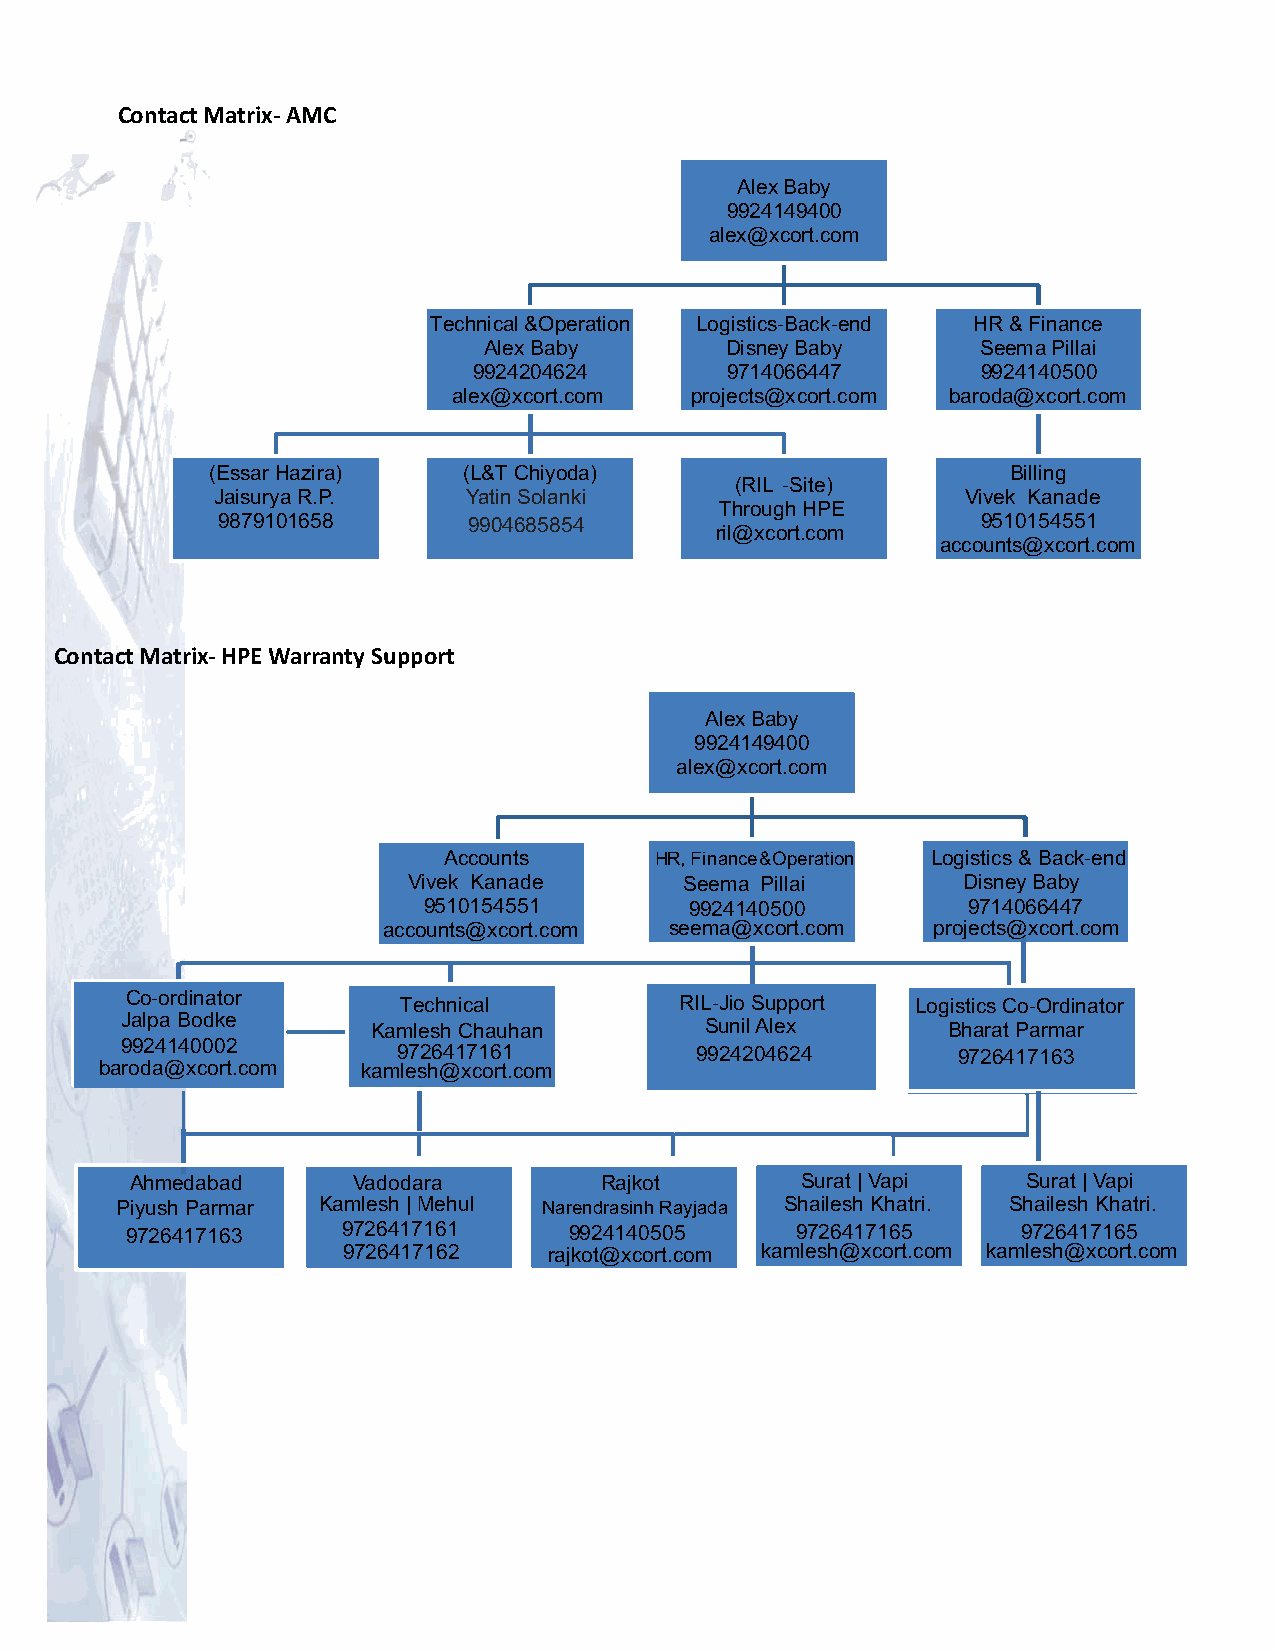
ContactMatrix‐AMC
 AlexBaby
 9924149400
 alex@xcort.com
 Technical&Operation Logistics-Back-end HR&Finance
 Alex Baby       DisneyBaby       SeemaPillai
 9924204624       9714066447       9924140500
 alex@xcort.com  projects@xcort.com baroda@xcort.com
 (EssarHazira)    (L&TChiyoda)                        Billing
 (RIL -Site)
 JaisuryaR.P.     Yatin Solanki                    Vivek Kanade
 ThroughHPE
 9879101658       9904685854                        9510154551
 ril@xcort.com
 accounts@xcort.com
 ‐
 ContactMatrix‐HPE Warranty Support
 AlexBaby
 9924149400
 alex@xcort.com
 Accounts      HR,Finance&Operation Logistics & Back-end
 Vivek Kanade      Seema Pillai       DisneyBaby
 9510154551        9924140500        9714066447
 accounts@xcort.com seema@xcort.com   projects@xcort.com
 TCeoc-honrdicinaaltor Technical      RIL-Jio Support Logistics Co-Ordinator
 Jalpa Bodke      Kamlesh Chauhan       SunilAlex       Bharat Parmar
 99972246144107010621
 9726417161          9924204624       9726417163
 baroda@xcort.com kamlesh@xcort.com
 Ahmedabad     Vadodara         Rajkot       Surat | Vapi   Surat | Vapi
 Piyush Parmar Kamlesh | Mehul Narendrasinh Rayjada Shailesh Khatri. Shailesh Khatri.
 9726417163     9726417161     9924140505     9726417165     9726417165
 9726417162   rajkot@xcort.com kamlesh@xcort.com kamlesh@xcort.com